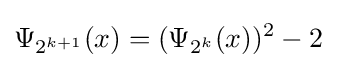
\Psi _{2^{k+1}}(x)=(\Psi _{2^{k}}(x))^{2}-2